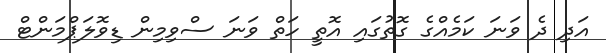
އަދި ދެ ވަނަ ކަމެއްގެ ގޮތުގައި އޮތީ ހަތް ވަނަ ސްވިމިން ޑިވޮލަޕްމަންޓް